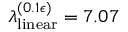
\lambda _ { \mathrm { l i n e a r } } ^ { ( 0 . 1 \epsilon ) } = 7 . 0 7